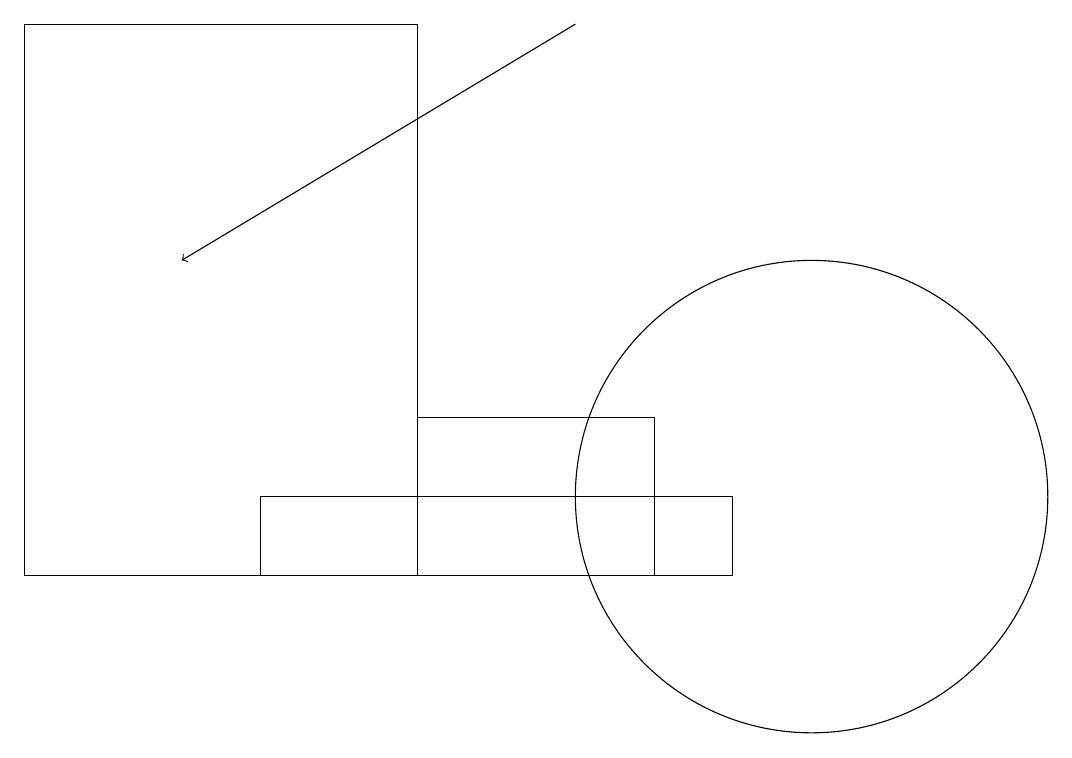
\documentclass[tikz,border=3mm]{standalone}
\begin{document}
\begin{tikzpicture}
\draw (10,11) circle (3);
\draw (5,10) rectangle (8,12);
\draw (0,17) rectangle (5,10);
\draw (9,11) rectangle (3,10);
\draw[->] (7,17) -- (2,14);
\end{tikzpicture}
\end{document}